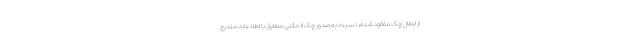
از ابطال چک مفقود شده، نسبت به صدور چک المثنی مطابق با اطلاعات مندرج